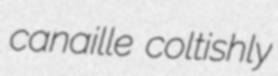
canaille coltishly